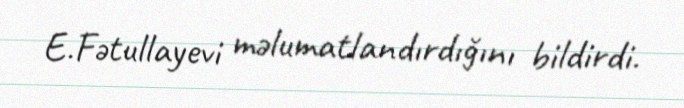
E.Fətullayevi məlumatlandırdığını bildirdi.